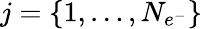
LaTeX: j=\{ 1,\dotsc,N_{e^{-}}\}